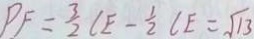
P F = \frac { 3 } { 2 } C E - \frac { 1 } { 2 } C E = \sqrt { 1 3 }